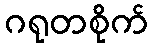
ဂရုတစိုက်